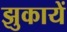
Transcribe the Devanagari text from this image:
झुकायें